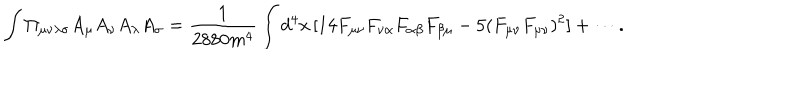
LaTeX: \int \Pi _ { \mu \nu \lambda \sigma } A _ { \mu } A _ { \nu } A _ { \lambda } A _ { \sigma } = \frac { 1 } { 2 8 8 0 m ^ { 4 } } \int d ^ { 4 } x \, [ 1 4 F _ { \mu \nu } F _ { \nu \alpha } F _ { \alpha \beta } F _ { \beta \mu } - 5 ( F _ { \mu \nu } F _ { \mu \nu } ) ^ { 2 } ] + \cdots .